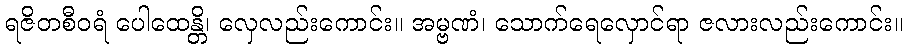
ရဇိတစီဝရံ ပေါထေန္တိ၊ လှေလည်းကောင်း။ အမ္ဗဏံ၊ သောက်ရေလှောင်ရာ ဇလားလည်းကောင်း။